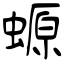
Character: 螈